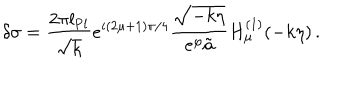
\delta \sigma = { \frac { 2 \pi l _ { \mathrm { P l } } } { \sqrt { k } } } e ^ { i ( 2 \mu + 1 ) \pi / 4 } { \frac { \sqrt { - k \eta } } { e ^ { \varphi } \tilde { a } } } H _ { \mu } ^ { ( 1 ) } ( - k \eta ) \, .